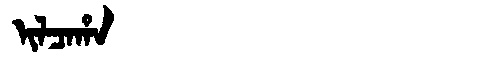
Manchu: ᡳᠯᠴᠠᡥᠠ
Romanization: ILCAHA